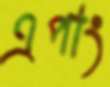
এপাং